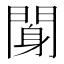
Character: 𨉖